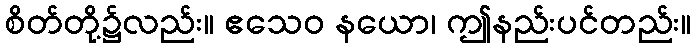
စိတ်တို့၌လည်း။ ဧသေဝ နယော၊ ဤနည်းပင်တည်း။